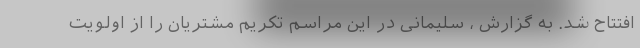
افتتاح شد. به گزارش ، سلیمانی در این مراسم تکریم مشتریان را از اولویت